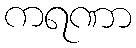
ကရဏာ